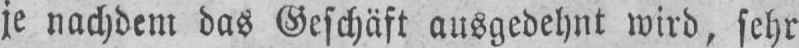
je nachdem das Geschäft ausgedehnt wird, sehr